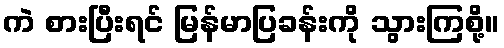
ကဲ စားပြီးရင် မြန်မာပြခန်းကို သွားကြစို့။